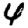
Digit: 4